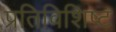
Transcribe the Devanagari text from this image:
प्रतिविशिष्ट